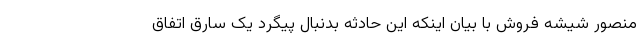
منصور شیشه فروش با بیان اینکه این حادثه بدنبال پیگرد یک سارق اتفاق